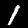
Digit: 1